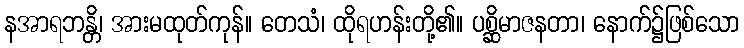
နအာရဘန္တိ၊ အားမထုတ်ကုန်။ တေသံ၊ ထိုရဟန်းတို့၏။ ပစ္ဆိမာဇနတာ၊ နောက်၌ဖြစ်သော